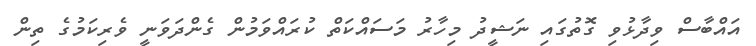
އައްބާސް ވިދާޅުވި ގޮތުގައި ނަޝީދު މިހާރު މަސައްކަތް ކުރައްވަމުން ގެންދަވަނީ ވެރިކަމުގެ ތިން